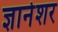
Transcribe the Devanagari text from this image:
ज्ञानेशर